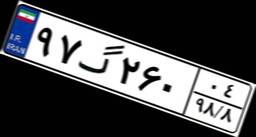
۹۷گ۲۶۰۰۴